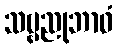
သဗ္ဗညုဘာဝံ